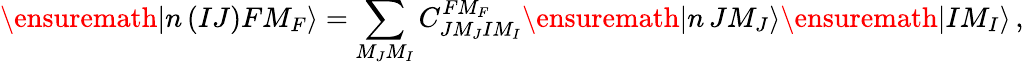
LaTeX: \ensuremath{|n\, ({IJ})FM_{F}\rangle}=\sum_{M_{J}M_{I}}C_{JM_{J}IM_{I}}^{FM_{F}}\ensuremath{|n\, JM_{J}\rangle}\ensuremath{|IM_{I}\rangle}\, ,